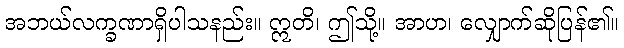
အဘယ်လက္ခဏာရှိပါသနည်း။ ဣတိ၊ ဤသို့။ အာဟ၊ လျှောက်ဆိုပြန်၏။